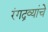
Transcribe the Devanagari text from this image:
रंगद्रव्यांचे